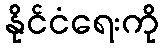
နိုင်ငံရေးကို